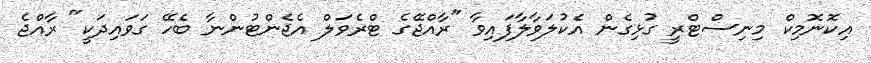
އިކޮނޮމިކް މިނިސްޓްރީ ގުޅިގެން އެކުލަވާލާފައިވާ "ރާއްޖޭގެ ޓްރެވަލް އެޖެންޓުންނާ ބެހޭ ގަވައިދަކީ" ރާއްޖެ